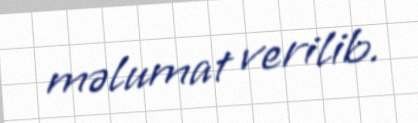
məlumat verilib.